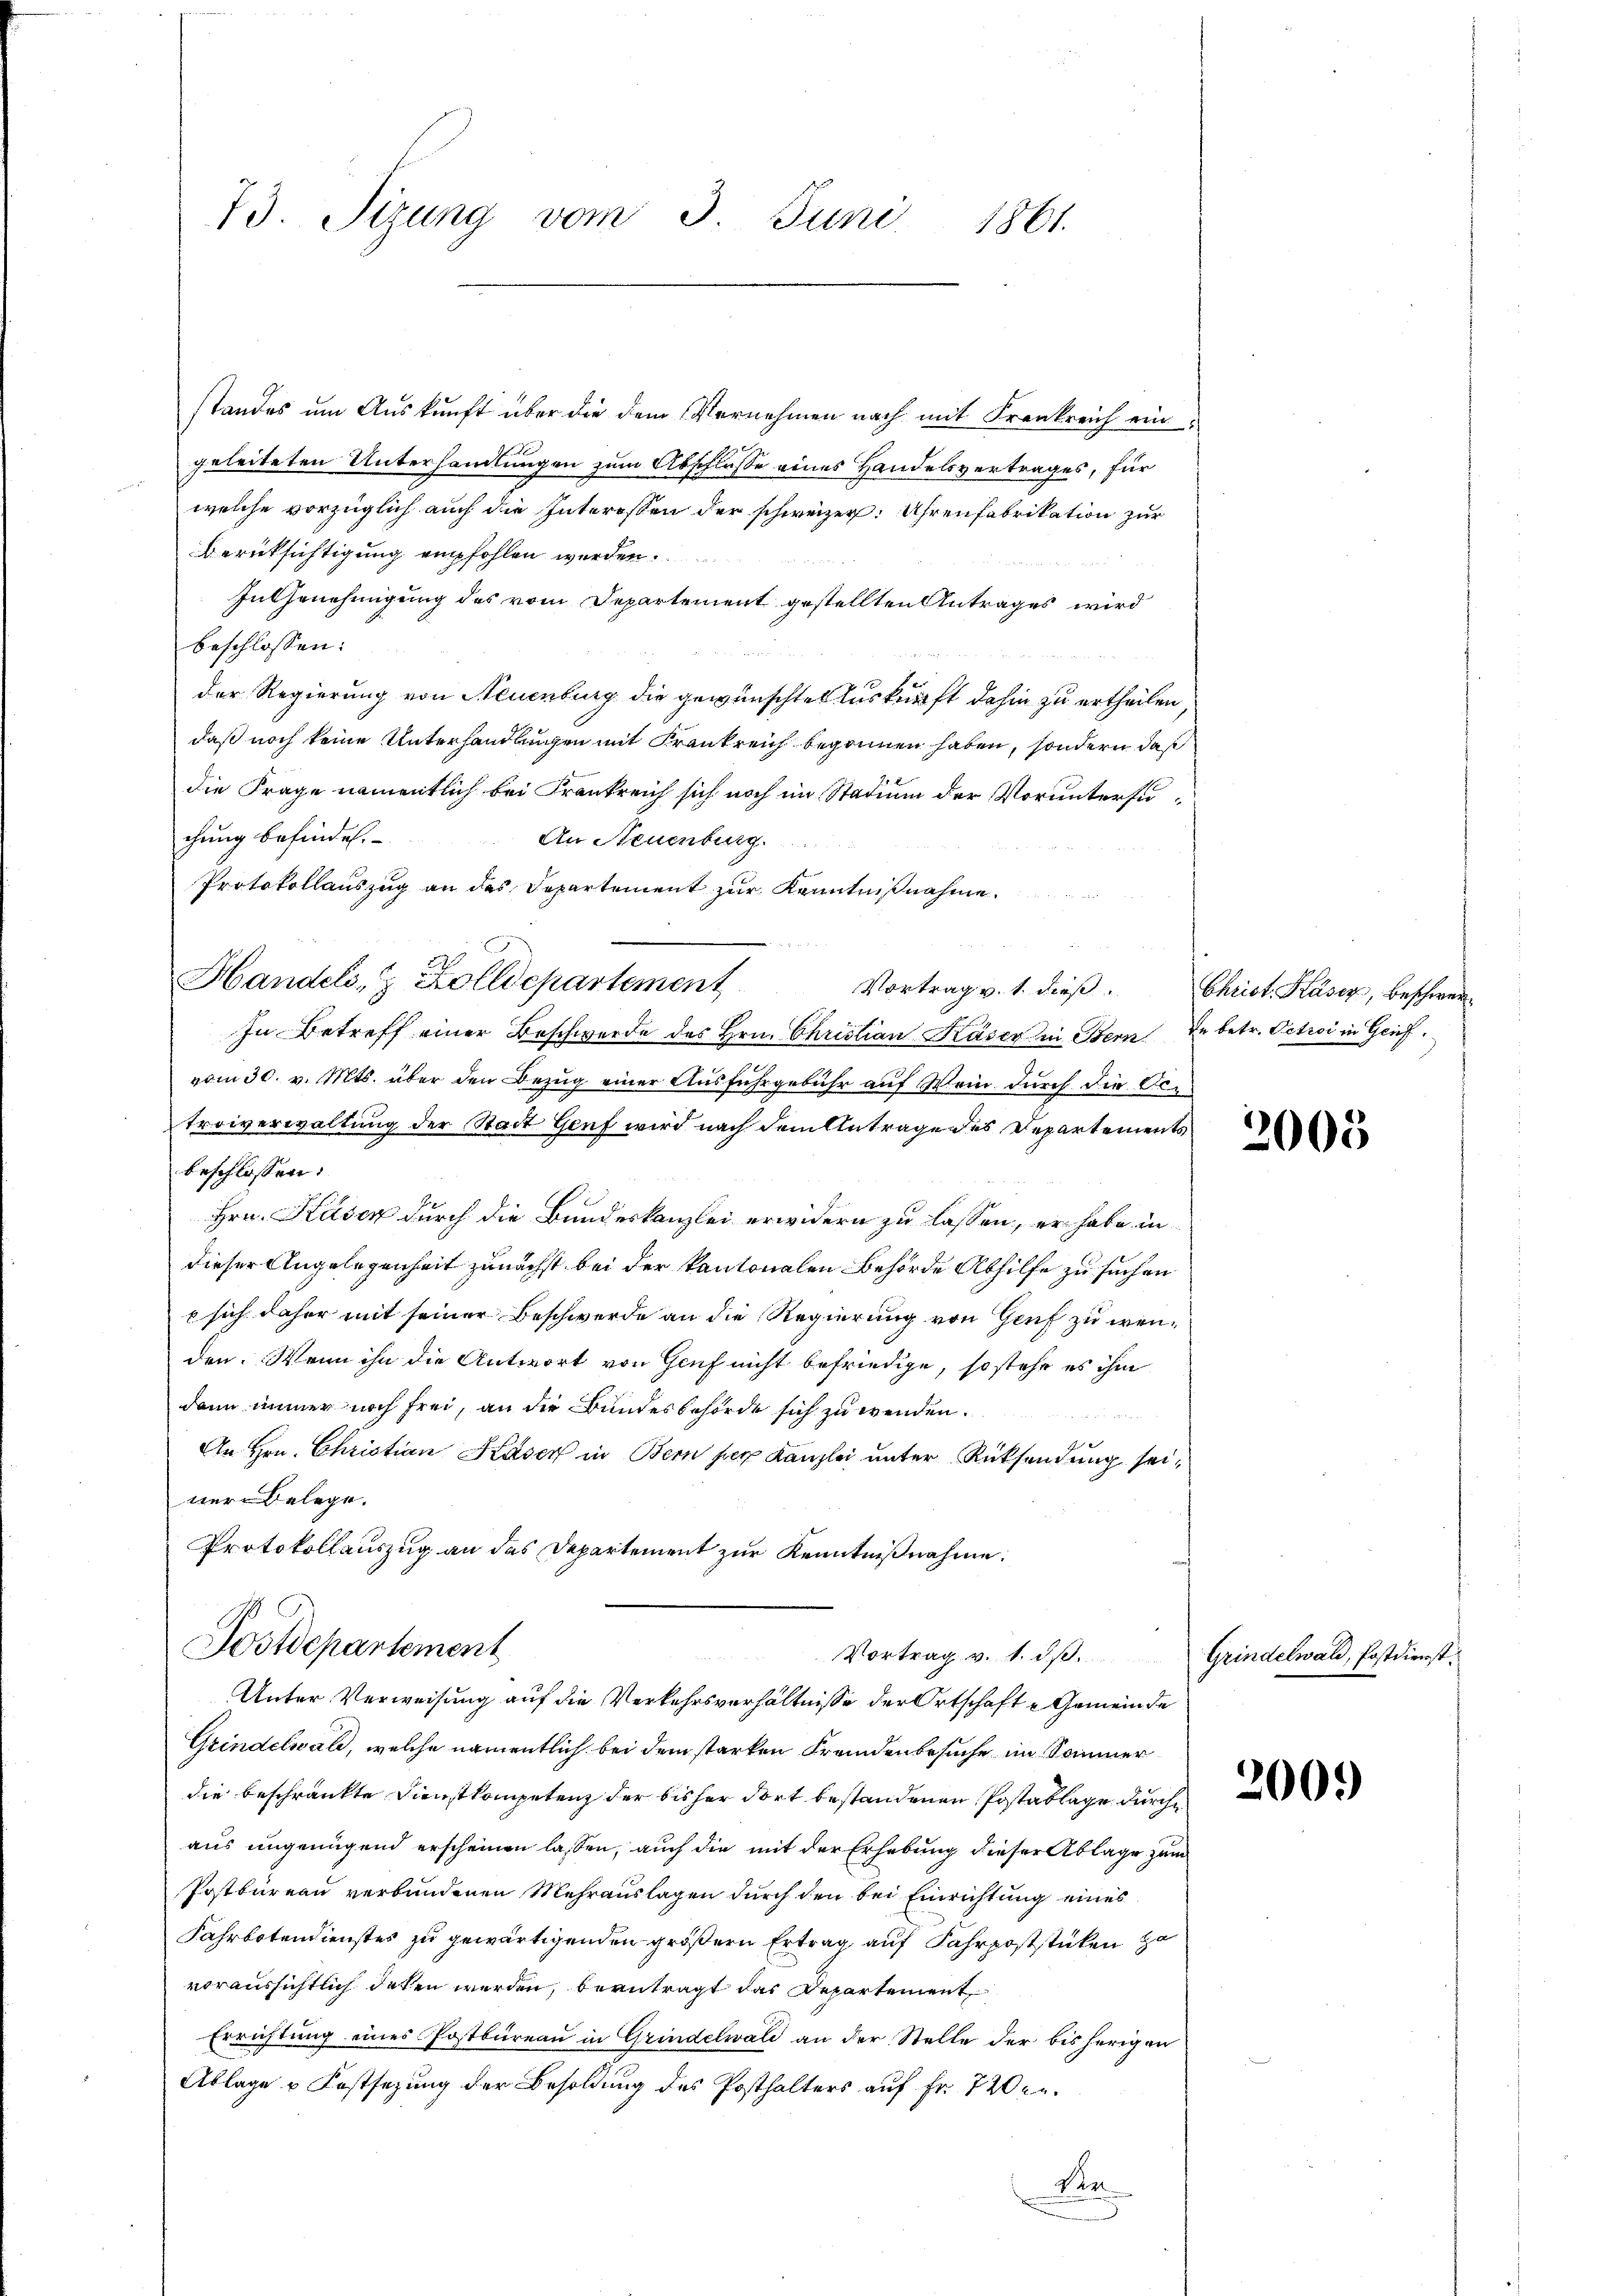
standes um Auskunft über die dem Vernehmen nach mit Frankreich ein
geleiteten Unterhandlungen zum Abschlosse eines Handelsvertrages, für
welche vorzüglich auch die Interessen der schweizer. Uhrenfabrikation zur
Berücksichtigung empfohlen werden.
In Genehmigung des vom Departement gestellten Antrages wird
beschlossen:
der Regierung von Neuenburg die gewünschtes Auskunft dahin zu ertheilen,
daß noch keine Unterhandlungen mit Frankreich begonnen haben, sondern daß
die Frage namentlich bei Frankreich sich noch im Stadin der Voruntersuchung befindet.
An Neuenburg.
Protokollauszug an das Departement zur Kenntnißnahme.
Handels- & Zolldepartement
In Betreff einer Beschwerde des Hrn. Christian Käser in Bern In betr. Petroć in Geifvom 30. v. Mts. über den Bezug einer Ausfuhrgebühr auf Wein durch die Oc-
troiverwaltung der Stadt Genf wird nach dem Antrage des Departements
beschlossen:
Hrn. Kaser durch die Bundeskanzlei erwidern zu lassen, er habe in
dieser Angelegenheit zunächst bei der kantonalen Behörde Abhilfe zu suchen
p sich daher mit seiner Beschwerde an die Regierung von Genf zu wenden. Wenn ihn die Antwort von Genf nicht befriedige, so stehe es ihm
dann immer noch frei, an die Bundesbehörde sich zu wenden.
An Hrn. Christian Kaser in Bern per Kanzlei unter Rücksendung seinergelege.
Protokollauszug an das Departement zur Kenntnißnahme.
Postdepartement
Vortrag v. 1. ds.
Unter Verweisung auf die Verkehrsverhältnisse der Ortschafte Gemeinde
Grindelwald, welche namentlich bei dem starken Fremdenbesuche im Sommer
die beschränkte Dienstkompetenz der bisher dort bestandenen Postablage durch
aus ungenügend erscheinen lassen, auch die mit der Erhebung dieser Ablage zum
Postbureau verbundenen Mehrauslagen durch den bei Einrichtung eines
Fahrbotendienstes zu gewärtigenden größern Ertrag auf Fahrpoststücken zu
voraussichtlich daten werden, beantragt das Departement,
Errichtung eines Postbureau in Grindelwald an der Stelle der bisherigen
Ablage & Festsezung der Besoldung des Posthalters auf Fr. 7200.
Sen
e

73. Sizung vom 3. Juni 1861.

Vortrag v. 1. dieβ. Christ. Käsez, beschwer¬

2005

Grindelwald, Postdienst
2009